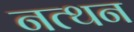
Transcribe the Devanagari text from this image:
नत्थन